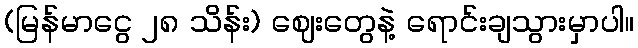
(မြန်မာငွေ ၂၈ သိန်း) ဈေးတွေနဲ့ ရောင်းချသွားမှာပါ။